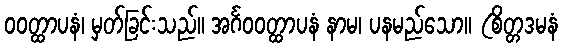
ဝဝတ္ထာပနံ၊ မှတ်ခြင်းသည်။ အင်္ဂဝဝတ္ထာပနံ နာမ၊ ပနမည်သော။ (စိတ္တဒမနံ